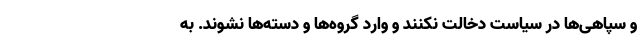
و سپاهی‌ها در سیاست دخالت نکنند و وارد گروه‌ها و دسته‌ها نشوند. به